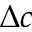
\Delta c